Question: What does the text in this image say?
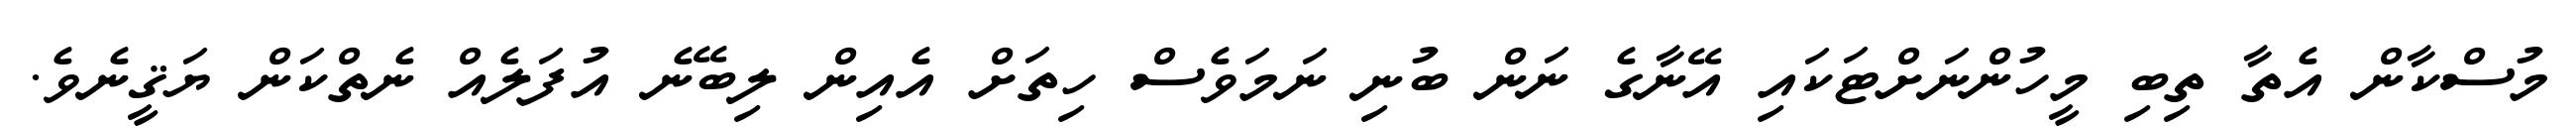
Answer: މުސްކާން އެތާ ތިބި މީހުންނަށްޓަކައި އޭނާގެ ނަން ބުނި ނަމަވެސް ހިތަށް އެއިން ލިބޭނެ އުފަލެއް ނެތްކަން ޔަޤީނެވެ.